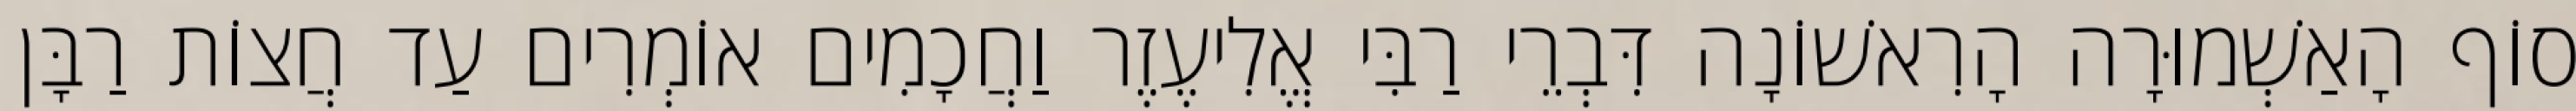
סוֹף הָאַשְׁמוּרָה הָרִאשׁוֹנָה דִּבְרֵי רַבִּי אֱלִיעֶזֶר וַחֲכָמִים אוֹמְרִים עַד חֲצוֹת רַבָּן